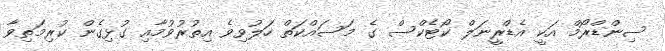
ސިންޑްރޯމް އަކީ އެޑްރީނަލް ކޯޓެކްސް ގެ މަސައްކަތް ހަލުވިވެ އިތުރުވުމާއި ގުޅިގެން ކުރިމަތިވާ